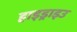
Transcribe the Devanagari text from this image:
हाइड्राइउ